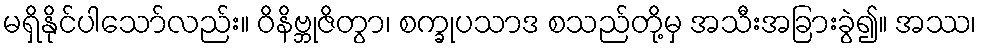
မရှိနိုင်ပါသော်လည်း။ ဝိနိဗ္ဘုဇိတွာ၊ စက္ခုပသာဒ စသည်တို့မှ အသီးအခြားခွဲ၍။ အဿ၊